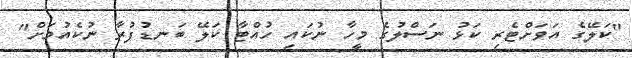
"ކަލޭގެ އަވަށްޓެރި ކަޅު ނަސްލުގެ މީހާ ނުކައި ހުއްޓާ ކަލޭ ބަނޑުފުރާ ނުކެއުމަށް"